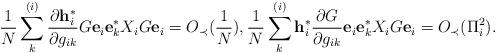
LaTeX: \begin{align*}\frac{1}{N} \sum_k^{(i)} \frac{\partial \mathbf{h}_i^*}{ \partial g_{ik}}G\mathbf{e}_i \mathbf{e}_k^* X_i G\mathbf{e}_i= O_\prec(\frac{1}{N}), \frac{1}{N} \sum_k^{(i)} \mathbf{h}_i^* \frac{\partial G}{ \partial g_{ik}}\mathbf{e}_i \mathbf{e}_k^* X_i G\mathbf{e}_i= O_\prec(\Pi_i^2). \end{align*}